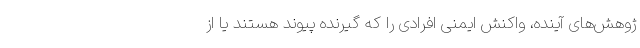
ژوهش‌های آینده، واکنش ایمنی افرادی را که گیرنده پیوند هستند یا از